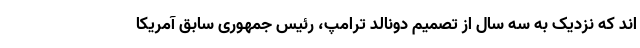
اند که نزدیک به سه سال از تصمیم دونالد ترامپ، رئیس جمهوری سابق آمریکا